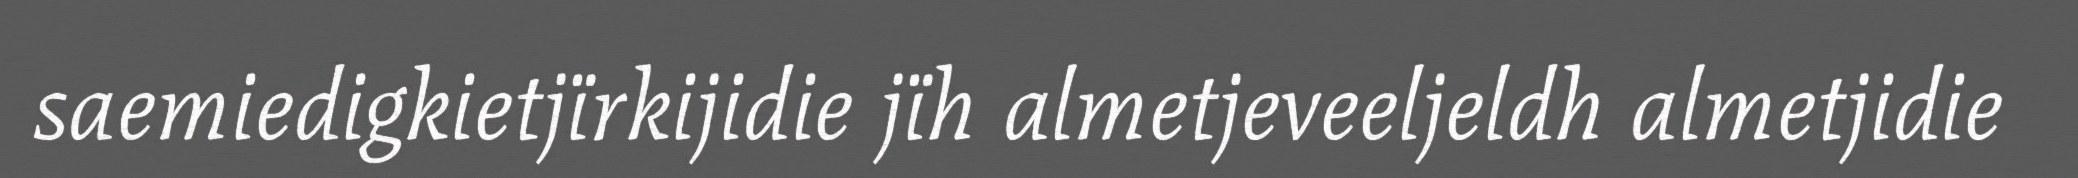
saemiedigkietjïrkijidie jïh almetjeveeljeldh almetjidie